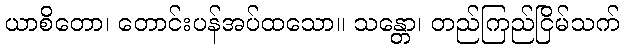
ယာစိတော၊ တောင်းပန်အပ်ထသော။ သန္တော၊ တည်ကြည်ငြိမ်သက်